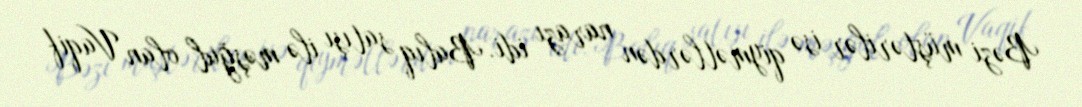
Bəzi müştərilər isə qiymətlərdən narazı idi. Balıq satışı ilə məşğul olan Vaqif